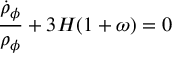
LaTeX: { \frac { \dot { \rho } _ { \phi } } { \rho _ { \phi } } } + 3 H ( 1 + \omega ) = 0